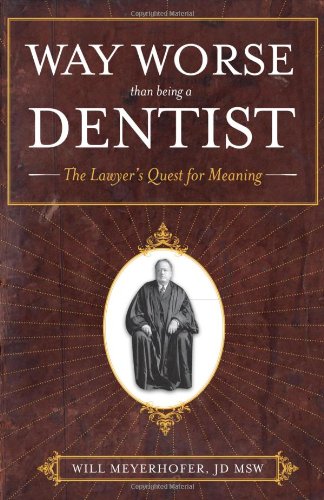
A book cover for Way Worse Than Being a Dentist: The Lawyer's Quest for Meaning; Will Meyerhofer; Humor & Entertainment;